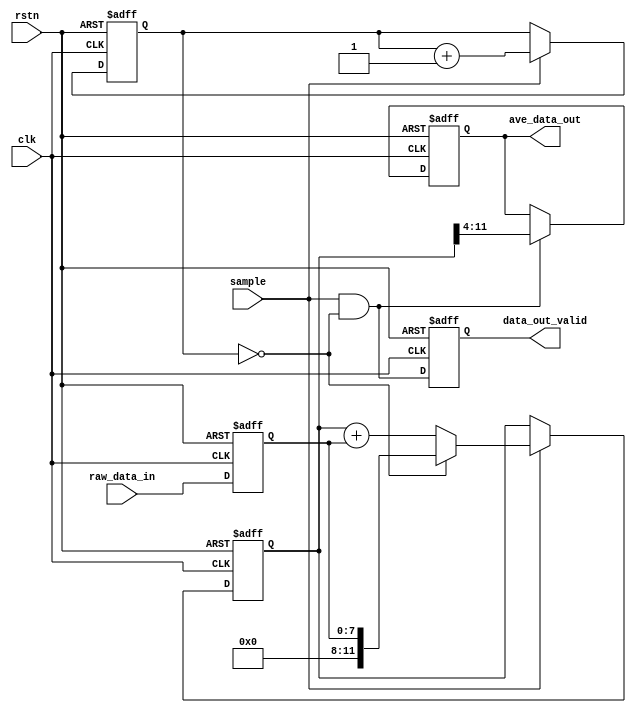
module box_ave #(
parameter ADC_WIDTH = 8,				// ADCbit
parameter LPF_DEPTH_BITS = 4         // 2^LPF_DEPTH_BITS
)(
input   clk,            // 
input   rstn, // 
input	sample,// 
input	[ADC_WIDTH-1:0]	raw_data_in,// 
output reg [ADC_WIDTH-1:0]	ave_data_out,// 
output data_out_valid // 
);
		
//**********************************************************************
//
//	
//
//**********************************************************************
reg [ADC_WIDTH+LPF_DEPTH_BITS-1:0]      accum;          // 
reg [LPF_DEPTH_BITS-1:0]                count;          // 
reg [ADC_WIDTH-1:0]  					raw_data_d1;    // 

reg sample_d1, sample_d2;                               // 
reg result_valid;                                       // 
wire latch_result;                                      // 

//***********************************************************************
//
//  Rising Edge Detection and data alignment pipelines
//
//***********************************************************************
always @(posedge clk or negedge rstn)
begin
	if( ~rstn ) begin
		sample_d1 <= 0;	
		sample_d2 <= 0;
        raw_data_d1 <= 0;
		result_valid <= 0;
	end else begin
		sample_d1 <= sample;                // 
		sample_d2 <= sample_d1;             
		raw_data_d1 <= raw_data_in; 	    
		result_valid <= latch_result;		
	end
end

assign		latch_result = sample && (count == 0);	// 0

//***********************************************************************
//
//  
//
//***********************************************************************
always @(posedge clk or negedge rstn)
begin
	if( ~rstn ) begin
		count <= 0;	  
	end else begin
	    if (sample)	
	    	count <= count + 1;         // +1
	end
end


//***********************************************************************
//
//  
//
//***********************************************************************
always @(posedge clk or negedge rstn)
begin
	if( ~rstn ) begin
		accum <= 0;	
	end else begin
        if (sample)
            if(count == 0)                      // 
    		    accum <= raw_data_d1;           // 
            else
                accum <= accum + raw_data_d1;   // 
	end	
end
	
//***********************************************************************
//
//  
//	
//
//***********************************************************************
always @(posedge clk or negedge rstn)
begin
	if( ~rstn ) begin
        ave_data_out <= 0;
    end else if (latch_result) begin            // 
        ave_data_out <= accum >> LPF_DEPTH_BITS;	  // LPF_DEPTH_BITS/(2^LPF_DEPTH_BITS)
    end
end

assign data_out_valid = result_valid;       // 

endmodule